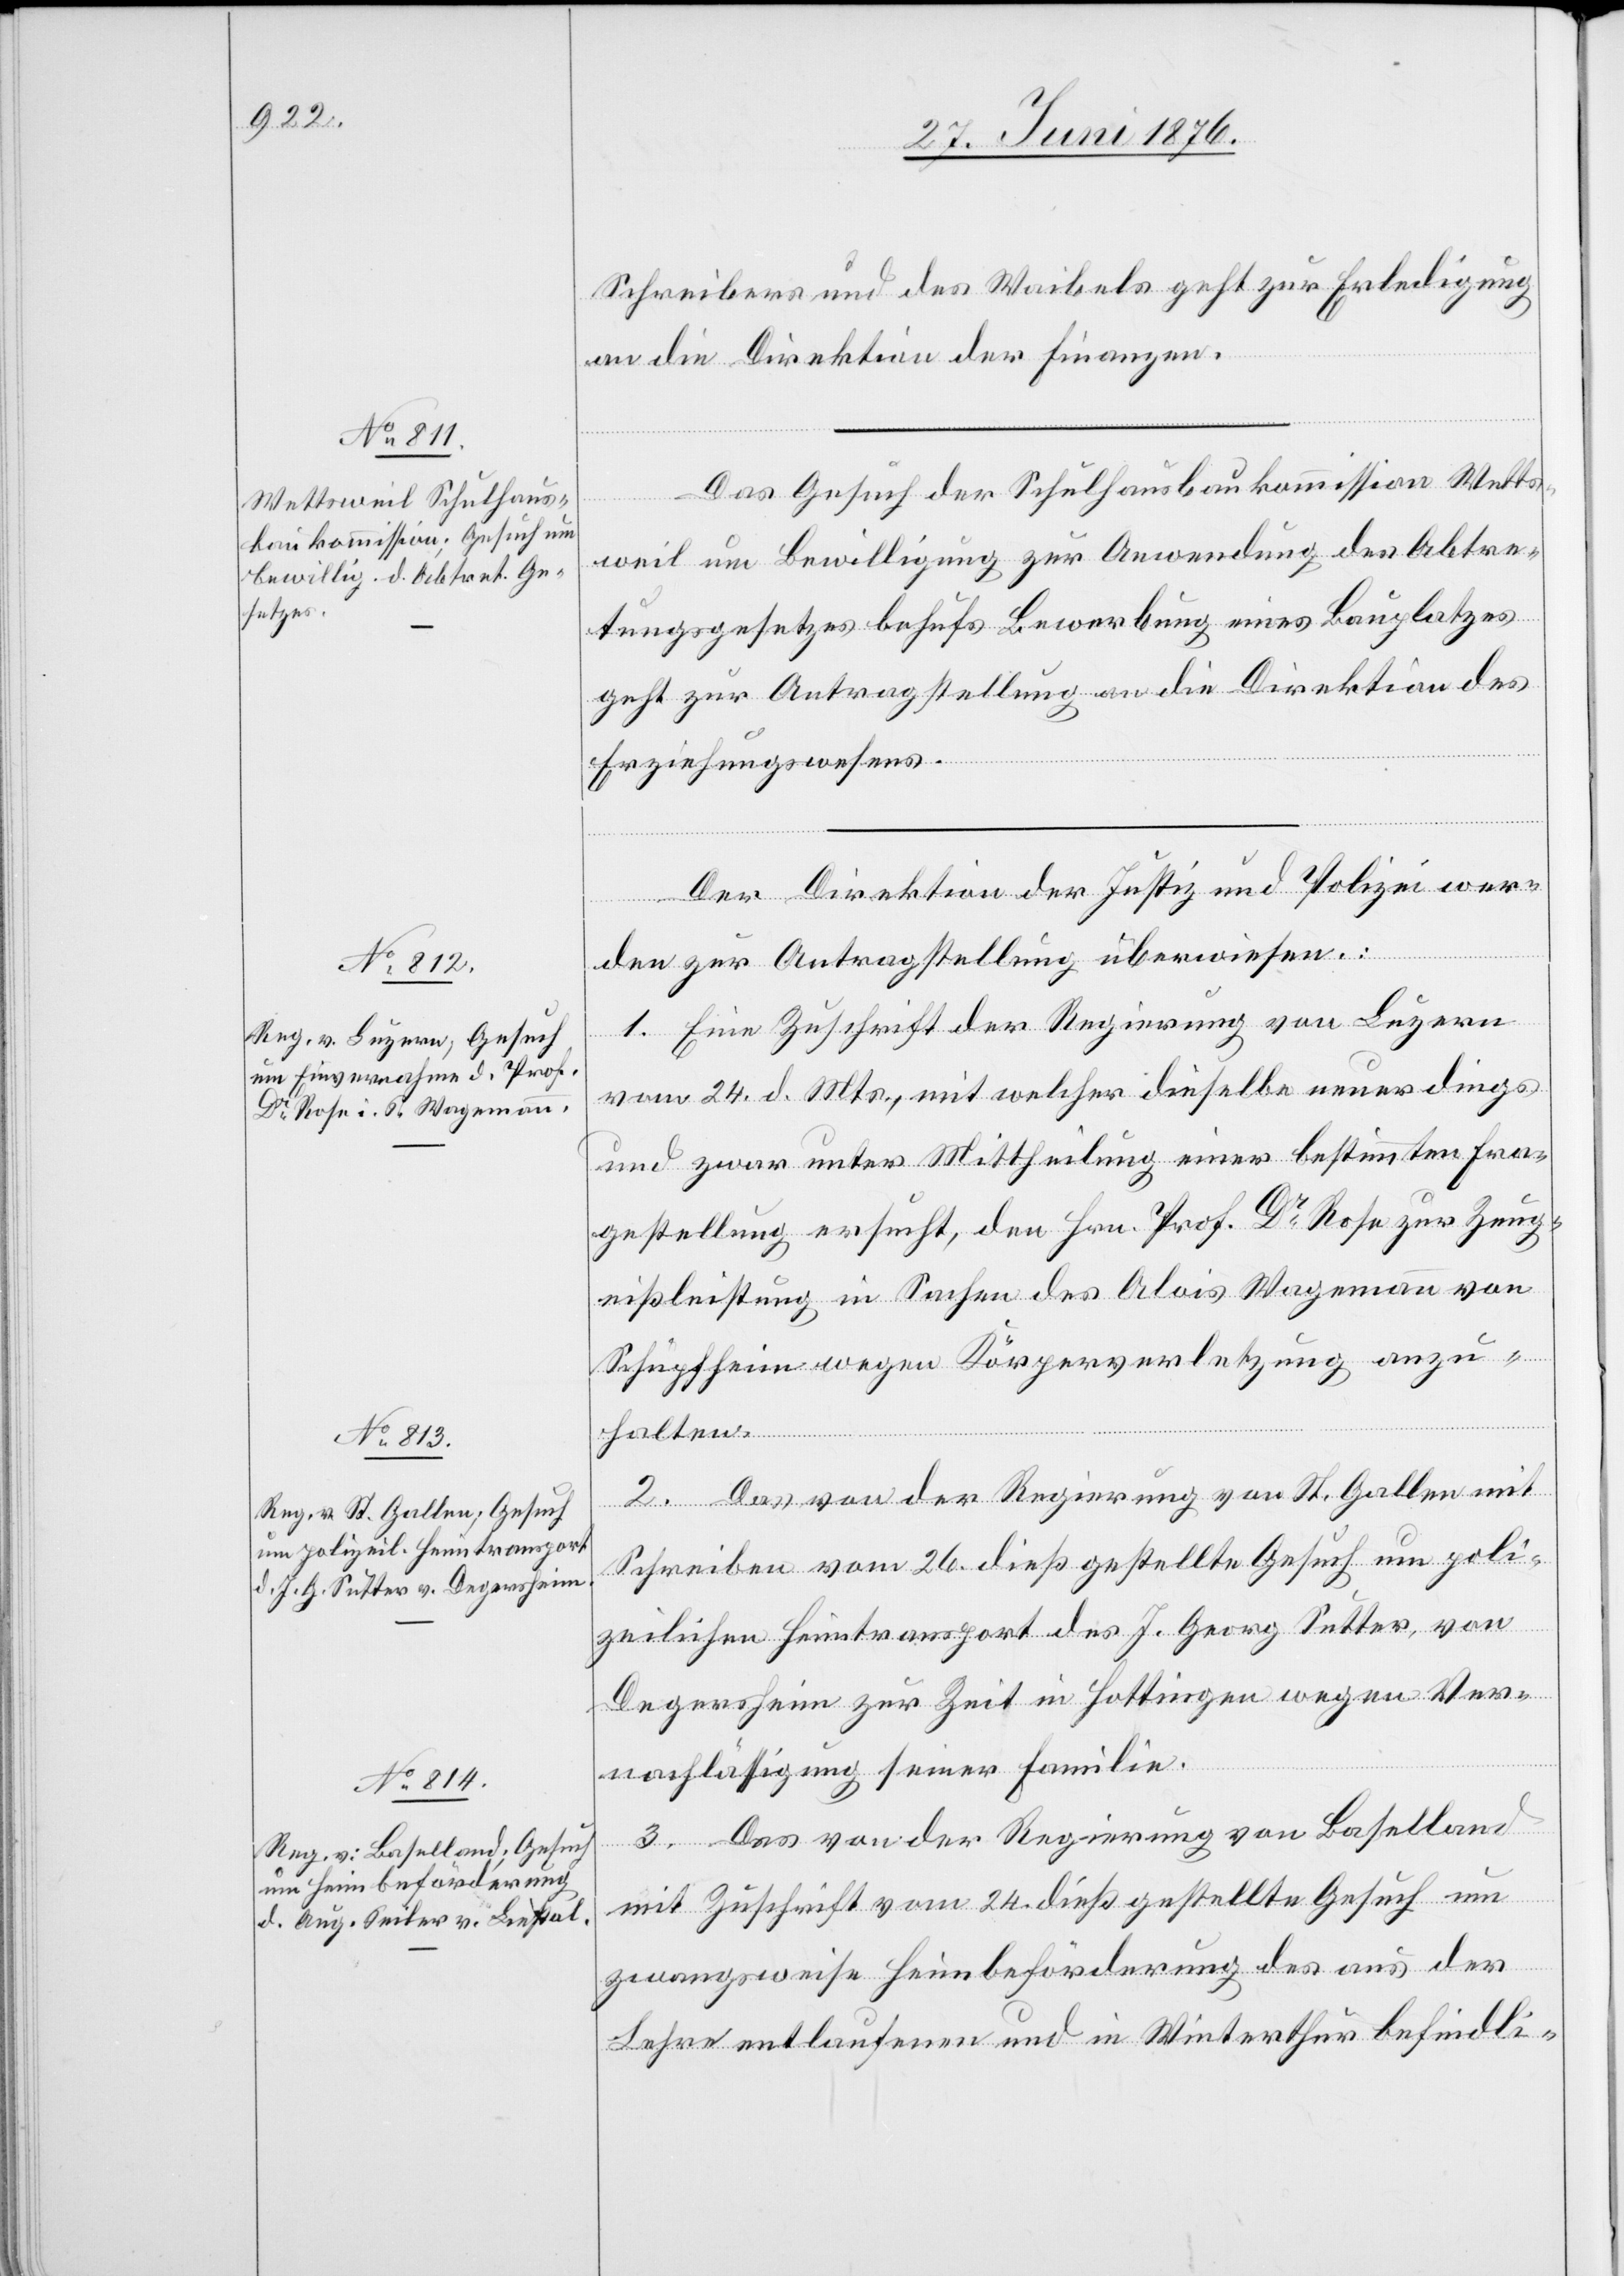
28. Juni 1876.]
Schreibers und des Waibels geht zur Erledigung
an die Direktion der Finanzen.
Das Gesuch der Schulhausbaukommission Wetts¬
weil um Bewilligung zur Anwendung des Abtre¬
tungsgesetzes behufs Bewerbung eines Bauplatzes
geht zur Antragstellung an die Direktion des
Erziehungswesens.
Der Direktion der Justiz und Polizei wer¬
den zur Antragstellung überwiesen:
1. Eine Zuschrift der Regierung von Luzern
vom 24. d. Mts., mit welcher dieselbe neuerdings
und zwar unter Mittheilung einer bestimmten Fra¬
gestellung ersucht, den Hrn. Prof. Dr Rose zur Zeug¬
nißleistung in Sachen des Alois Wagemann von
Schüpfheim wegen Körperverletzung anzu¬
halten.
2. Das von der Regierung von St. Gallen mit
Schreiben vom 26. dieß gestellte Gesuch um poli¬
zeilichen Heimtransport des J. Georg Sutter, von
Degersheim zur Zeit in Hottingen wegen Ver¬
nachlässigung seiner Familie.
3. Das von der Regierung von Baselland
mit Zuschrift vom 24. dieß gestellte Gesuch um
zwangsweise Heimbeförderung des aus der
Lehre entlaufenen und in Winterthur befindli-